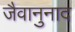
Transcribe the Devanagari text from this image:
जैवानुनाद